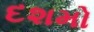
દશમો